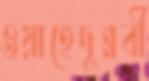
ওয়াহেদুন্নবী